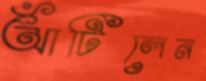
আঁটিলেন